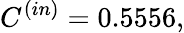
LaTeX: C^{(in)}=0.5556,